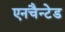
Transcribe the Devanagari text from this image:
एनचैन्टेड